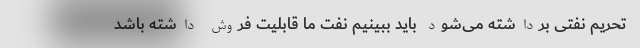
تحریم نفتی برداشته می‌شود باید ببینیم نفت ما قابلیت فروش داشته باشد